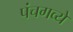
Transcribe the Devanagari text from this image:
पंचगव्ये